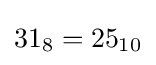
31_{8}=25_{10}